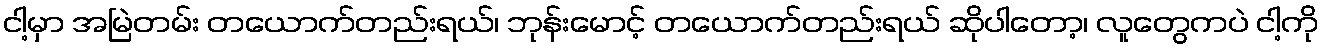
ငါ့မှာ အမြဲတမ်း တယောက်တည်းရယ်၊ ဘုန်းမောင့် တယောက်တည်းရယ် ဆိုပါတော့၊ လူတွေကပဲ ငါ့ကို